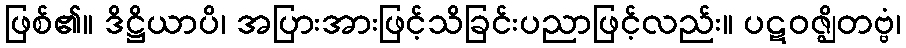
ဖြစ်၏။ ဒိဋ္ဌိယာပိ၊ အပြားအားဖြင့်သိခြင်းပညာဖြင့်လည်း။ ပဋဝဇ္ဈိတဗ္ဗံ၊